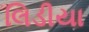
લિડીયા